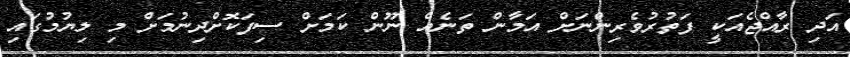
އަދި ރާއްޖެއަކީ ފަތުރުވެރިންނަށް އަމާން ތަނެއް ނޫން ކަމަށް ސިފަކޮށްދިނުމަށް މި ލިޔުމުގައި